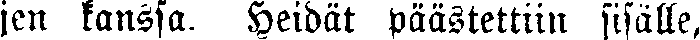
jen kanssa. Heidät päästettiin sisälle,